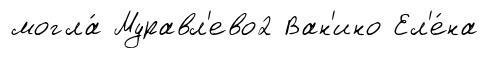
могла́ Муравл'ево2 Ван'ино Ел'е́на